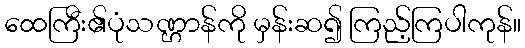
ထေကြီး၏ပုံသဏ္ဌာန်ကို မှန်းဆ၍ ကြည့်ကြပါကုန်။